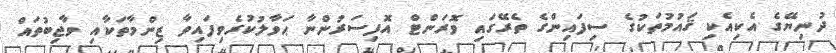
ދުނިޔޭގެ އެކިއެކި ޤައުމުތަކުގެ ސިފައިންގެ ތެރޭގައި ވޮރަންޓް އޮފިސަރުންނާ ޙަވާލުކުރެވިފައިވާ ޒިންމާތަކާއި ވާޖިބުތައް